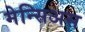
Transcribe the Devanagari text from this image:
मेन्सिअस